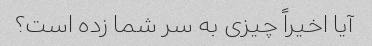
آیا اخیراً چیزی به سر شما زده است؟